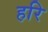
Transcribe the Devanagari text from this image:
हरि